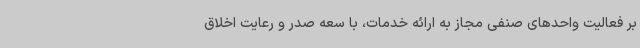
بر فعالیت واحدهای صنفی مجاز به ارائه خدمات، با سعه صدر و رعایت اخلاق